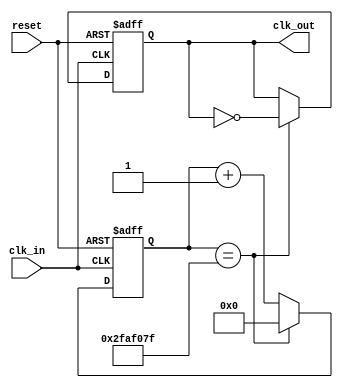
`timescale 1ns / 1ps

module fre_div 
    #(
        parameter n=100000000
    )
    (
        input clk_in, reset,
        output reg clk_out
    );
    reg [30:0] cnt;
    always @(posedge clk_in or posedge reset) begin
        if(reset) begin
            cnt <= 0;
            clk_out <= 1'b1;
        end else if(cnt == n/2-1) begin
            cnt <= 0;
            clk_out <= ~clk_out;
        end else begin
            cnt <= cnt + 1;
        end
    end
endmodule